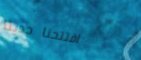
افتتحنا حديثاً